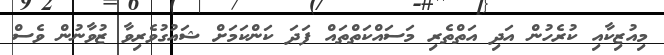
މިއުޒިކާއި ކުރެހުން އަދި އަތްތެރި މަސައްކަތްތައް ފަދަ ކަންކަމަށް ޝައުގުވެރިވާ ޒުވާނުން ވެސް